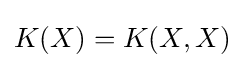
K(X)=K(X,X)